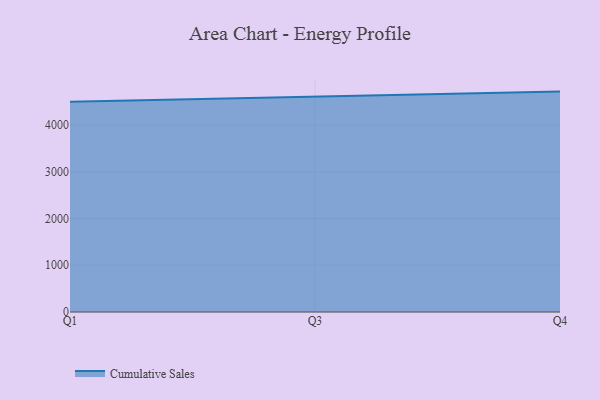
{"axis": {"x": "Quarter", "y": "Demand Index"}, "legend": ["Cumulative Sales"], "data": [{"x": "Q1", "y": 4502.1, "type": "Cumulative Sales"}, {"x": "Q3", "y": 4612.2, "type": "Cumulative Sales"}, {"x": "Q4", "y": 4716.7, "type": "Cumulative Sales"}]}